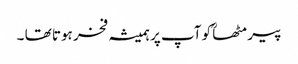
پیر مٹھاؒ کو آپ پر ہمیشہ فخر ہوتا تھا ۔